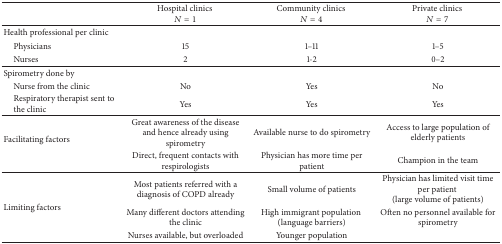
<table><thead><tr><td><b> </b></td><td><b>Hospital clinics <i>N</i> = 1</b></td><td><b>Community clinics <i>N</i> = 4</b></td><td><b>Private clinics <i>N</i> = 7</b></td></tr></thead><tbody><tr><td>Health professional per clinic</td><td> </td><td> </td><td> </td></tr><tr><td> Physicians</td><td>15</td><td>1–11</td><td>1–5</td></tr><tr><td> Nurses</td><td>2</td><td>1-2</td><td>0–2</td></tr><tr><td>Spirometry done by</td><td> </td><td> </td><td> </td></tr><tr><td> Nurse from the clinic</td><td>No</td><td>Yes</td><td>No</td></tr><tr><td> Respiratory therapist sent to the clinic</td><td>Yes</td><td>Yes</td><td>Yes</td></tr><tr><td rowspan="2">Facilitating factors </td><td>Great awareness of the disease and hence already using spirometry</td><td>Available nurse to do spirometry</td><td>Access to large population of elderly patients</td></tr><tr><td>Direct, frequent contacts with respirologists </td><td>Physician has more time per patient </td><td>Champion in the team</td></tr><tr><td rowspan="3">Limiting factors</td><td>Most patients referred with a diagnosis of COPD already</td><td>Small volume of patients</td><td>Physician has limited visit time per patient (large volume of patients)</td></tr><tr><td>Many different doctors attending the clinic</td><td>High immigrant population (language barriers)</td><td>Often no personnel available for spirometry</td></tr><tr><td>Nurses available, but overloaded</td><td>Younger population </td><td> </td></tr></tbody></table>